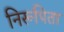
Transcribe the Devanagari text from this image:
निरूपिता